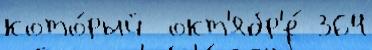
кото́рый  окт'ябр'е́ 364